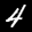
Label: 4